Scientific memoirs by medical officers of the Army of India - Part XI,
Year: 1898
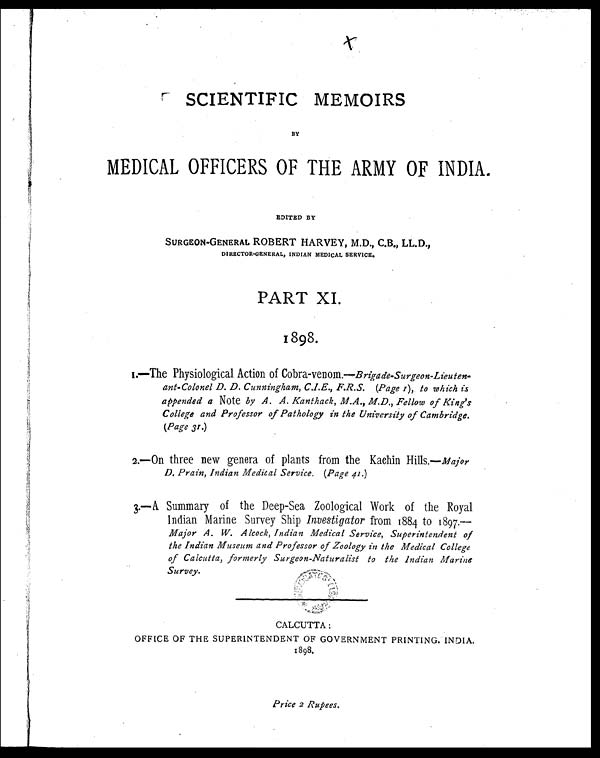
SCIENTIFIC MEMOIRS
BY
MEDICAL OFFICERS OF THE ARMY OF INDIA.
EDITED BY
SURGEON-GENERAL ROBERT HARVEY, M.D., C.B., LL.D.,
DIRECTOR-GENERAL, INDIAN MEDICAL SERVICE.
PART XI.
1898.
1 . — T h e P h y s i o l o g i c a l A c t i o n o fC
o b r a - v e n o m . —
Brigade-Surgeon-Lieuten
-
ant-Colonel D. D. Cunningham, C. I. E., F.R.S. (Page 1), to which is
appended a Note by A. A. Kanthack, M.A., M.D., Fellow of King's
College and Professor of Pathology in the University of Cambridge.
(Page 31.)
2.—On three new genera of plants from the Kadin Hills.—Major
D. Prain, Indian Medical Service. (Page 41.)
3.—A Summary of the Deep-Sea Zoological Work of the Royal
Indian Marine Survey Ship Investigator from 1884 to 1897.—
Major A. W. Alcock, Indian Medical Service, Superintendent of
the Indian Museum and Professor of Zoology in the Medical College
of Calcutta, formerly Surgeon-Naturalist to the Indian Marine
Survey.
CALCUTTA:
OFFICE OF THE SUPERINTENDENT OF GOVERNMENT PRINTING. INDIA.
1898.
Price 2 Rupees.